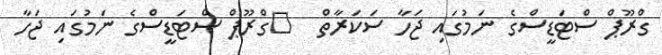
ގްރޫޕް ސްޓަޑީސްގެ ނަމުގައި ޖަހާ ސަކަރާތް  	ގްރޫޕް ސްޓަޑީސްގެ ނަމުގައި ޖަހާ